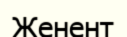
Женент